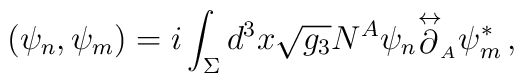
(\psi_n,\psi_m)=i\int_{\Sigma}d^3x\sqrt{g_3}N^A\psi_n{\mathop{\partial}\limits^{\leftrightarrow}} _{_A}\psi^*_m\, ,